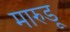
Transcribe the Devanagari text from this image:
मारुडू